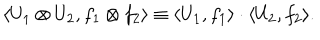
LaTeX: \langle U _ { 1 } \otimes U _ { 2 } , f _ { 1 } \otimes f _ { 2 } \rangle \equiv \langle U _ { 1 } , f _ { 1 } \rangle \cdot \langle U _ { 2 } , f _ { 2 } \rangle .